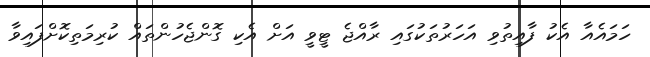
ހަމައެއާ އެކު ފާއިތުވި އަހަރުތަކުގައި ރާއްޖެ ޓީވީ އަށް އެކި ގޮންޖެހުންތައް ކުރިމަތިކޮށްފައިވާ